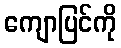
ကျောပြင်ကို